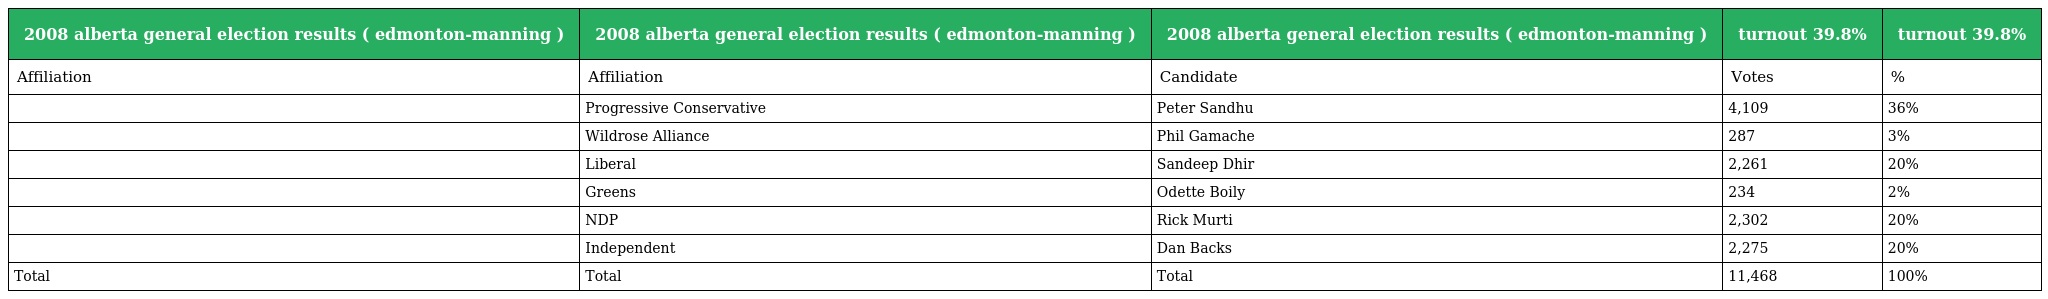
| 2008 alberta general election results ( edmonton-manning ) | 2008 alberta general election results ( edmonton-manning ) | 2008 alberta general election results ( edmonton-manning ) | turnout 39.8% | turnout 39.8% |
 | --- | --- | --- | --- | --- |
 | Affiliation | Affiliation | Candidate | Votes | % |
 |  | Progressive Conservative | Peter Sandhu | 4,109 | 36% |
 |  | Wildrose Alliance | Phil Gamache | 287 | 3% |
 |  | Liberal | Sandeep Dhir | 2,261 | 20% |
 |  | Greens | Odette Boily | 234 | 2% |
 |  | NDP | Rick Murti | 2,302 | 20% |
 |  | Independent | Dan Backs | 2,275 | 20% |
 | Total | Total | Total | 11,468 | 100% |